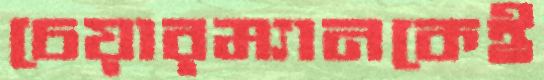
চেয়ারম্যানকেই